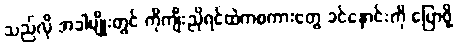
သည်လို အခါမျိုးတွင် ကိုကျီးညိုရင်ထဲကစကားတွေ ခင်နှောင်းကို ပြောဖို့